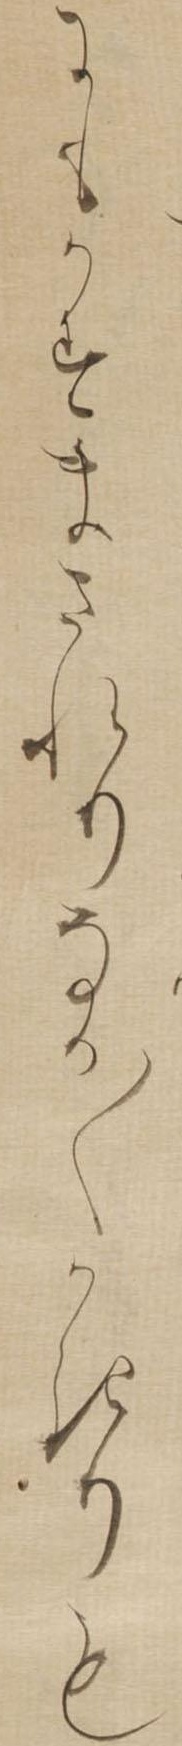
にもかすまされりなか〱かきりも